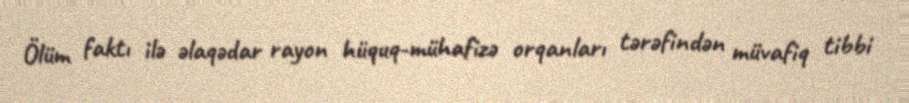
Ölüm faktı ilə əlaqədar rayon hüquq-mühafizə orqanları tərəfindən müvafiq tibbi